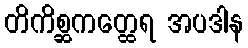
တိကိစ္ဆကတ္ထေရ အပဒါန